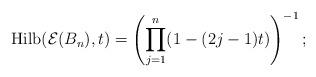
LaTeX: \begin{gather*}{\rm Hilb}({\cal E}(B_n),t)= \left(\prod_{j=1}^{n}(1-(2j-1)t) \right)^{-1};\end{gather*}